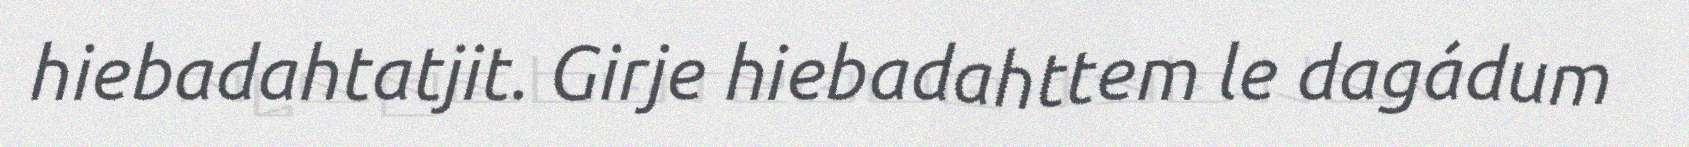
hiebadahtatjit. Girje hiebadahttem le dagádum